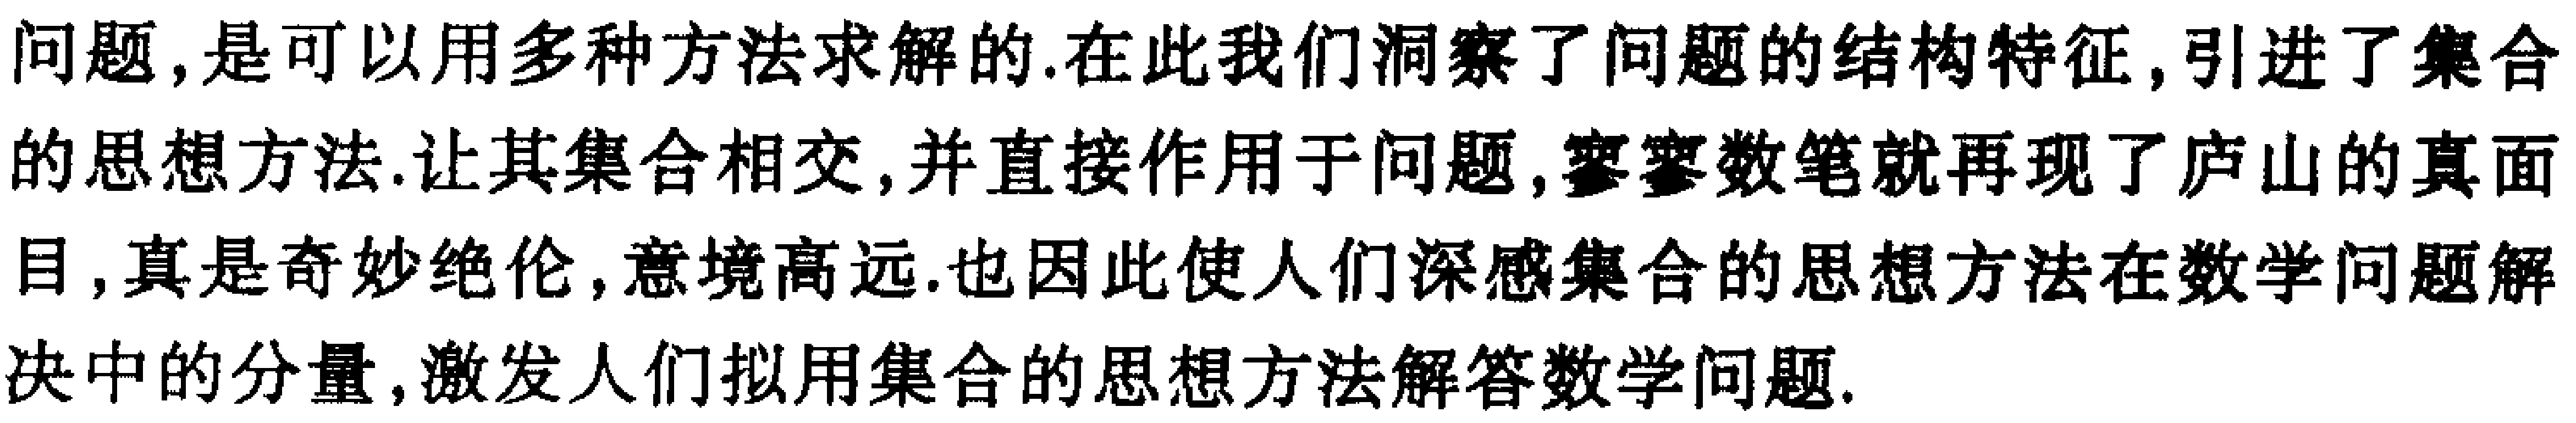
问题,是可以用多种方法求解的.在此我们洞察了问题的结构特征,引进了集合的思想方法.让其集合相交,并直接作用于问题,寥寥数笔就再现了庐山的真面目,真是奇妙绝伦,意境高远.也因此使人们深感集合的思想方法在数学问题解决中的分量,激发人们拟用集合的思想方法解答数学问题.